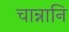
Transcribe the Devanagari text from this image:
चान्नानि